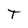
Character: T